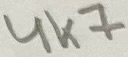
Text: 4K7